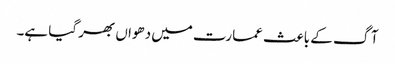
آگ کے باعث عمارت میں دھواں بھر گیا ہے۔